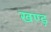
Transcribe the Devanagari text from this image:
खण्ड़